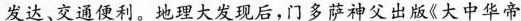
发达、交通便利。地理大发现后，门多萨神父出版《大中华帝